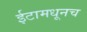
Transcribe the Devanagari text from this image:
ईटामधूनच